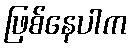
ဖြစ်နေပါက